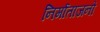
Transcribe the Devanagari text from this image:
निर्माताजनों